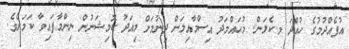
އުފެއްދުމުގެ ހުއްދަ މ.ކެލަން